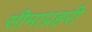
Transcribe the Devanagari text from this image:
सीमाप्रहरी